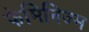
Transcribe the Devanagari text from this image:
फेमिनिज्म